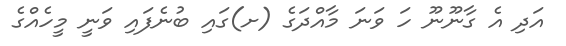
އަދި އެ ގާނޫނޫ ހަ ވަނަ މާއްދަގެ (ށ)ގައި ބުނެފައި ވަނީ މީހެއްގެ